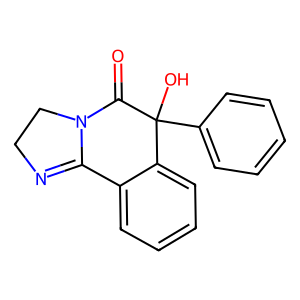
SMILES: O=C1N2CCN=C2c2ccccc2C1(O)c1ccccc1
Inhibits HIV replication: No